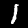
Label: 1